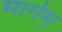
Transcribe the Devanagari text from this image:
मार्गम्